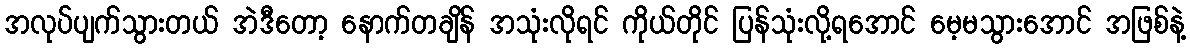
အလုပ်ပျက်သွားတယ် အဲဒီတော့ နောက်တချိန် အသုံးလိုရင် ကိုယ်တိုင် ပြန်သုံးလို့ရအောင် မေ့မသွားအောင် အဖြစ်နဲ့